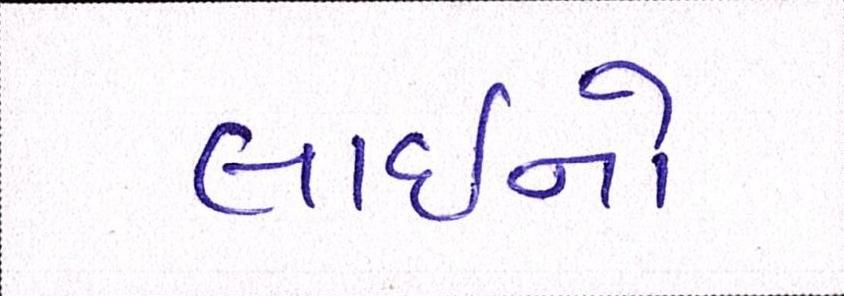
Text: લાઇનો